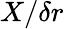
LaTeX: X/\delta r